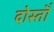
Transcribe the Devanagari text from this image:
दोस्तॊं